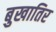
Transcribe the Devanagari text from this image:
बुखातिर